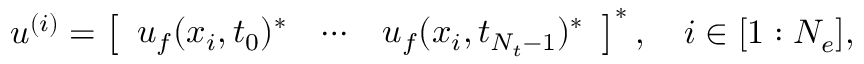
\begin{array} { r } { \boldsymbol { u } ^ { ( i ) } = \left[ \begin{array} { l l l } { \boldsymbol { u } _ { f } ( \boldsymbol { x } _ { i } , t _ { 0 } ) ^ { * } } & { \cdots } & { \boldsymbol { u } _ { f } ( \boldsymbol { x } _ { i } , t _ { N _ { t } - 1 } ) ^ { * } } \end{array} \right] ^ { * } , \quad i \in [ 1 : N _ { e } ] , } \end{array}